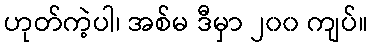
ဟုတ်ကဲ့ပါ၊ အစ်မ ဒီမှာ ၂၀၀ ကျပ်။